Leaving Certificate Examination, 1916
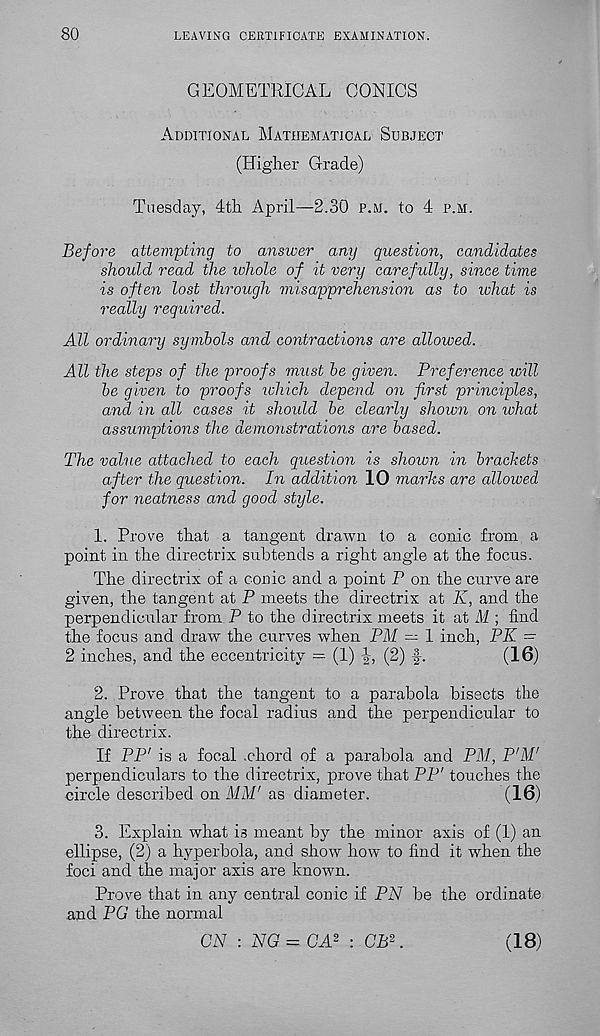
80
LEAVING CERTIFICATE EXAMINATION.
GEOMETRICAL CONICS
Additional Mathematical Subject
(Higher Grade)
Tuesday, 4th April—2.30 p.m. to 4 p.m.
Before attempting to answer any question, candidates
should read the whole of it very carefully, since time
is often lost through misapprehension as to what is
really required.
All ordinary symbols and contractions are allowed.
All the steps of the proofs must be given. Preference will
be given to proofs ivhich depend on first principles,
and in all cases it should be clearly shown on what
assumptions the demonstrations are based.
The value attached to each question is shown in brackets
after the question. In addition 10 marks are allowed
for neatness and good style.
1. Prove that a tangent drawn to a conic from a
point in the directrix subtends a right angle at the focus.
The directrix of a conic and a point P on the curve are
given, the tangent at P meets the directrix at K, and the
perpendicular from P to the directrix meets it at M ; find
the focus and draw the curves when PM — 1 inch, PK -
2 inches, and the eccentricity = (1) -J-, (2) f.
(16)
2. Prove that the tangent to a parabola bisects the
angle between the focal radius and the perpendicular to
the directrix.
If PP' is a focal .chord of a parabola and PM, P'M'
perpendiculars to the directrix, prove that PP' touches the
circle described on MM' as diameter.
(16)
3. Explain what is meant by the minor axis of (1) an
ellipse, (2) a hyperbola, and show how to find it when the
foci and the major axis are known.
Prove that in any central conic if PN be the ordinate
and PG the normal
CN : NG = GA 2 : CB 2 .
(18)